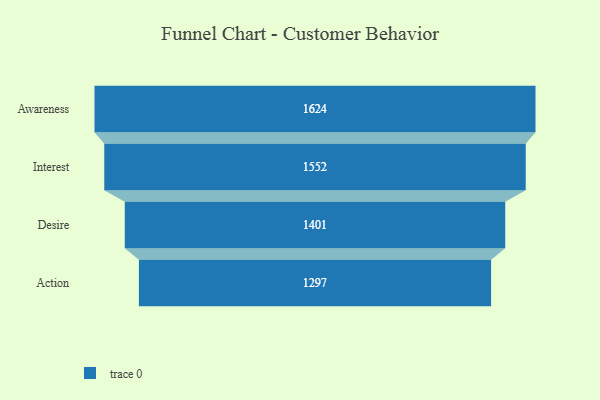
{"axis": {"x": "Stage", "y": "Value"}, "legend": [""], "data": [{"x": "Awareness", "y": 1624.0, "type": ""}, {"x": "Interest", "y": 1552.0, "type": ""}, {"x": "Desire", "y": 1401.0, "type": ""}, {"x": "Action", "y": 1297.0, "type": ""}]}